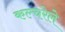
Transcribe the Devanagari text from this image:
कल्चरेले